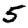
Digit: 5